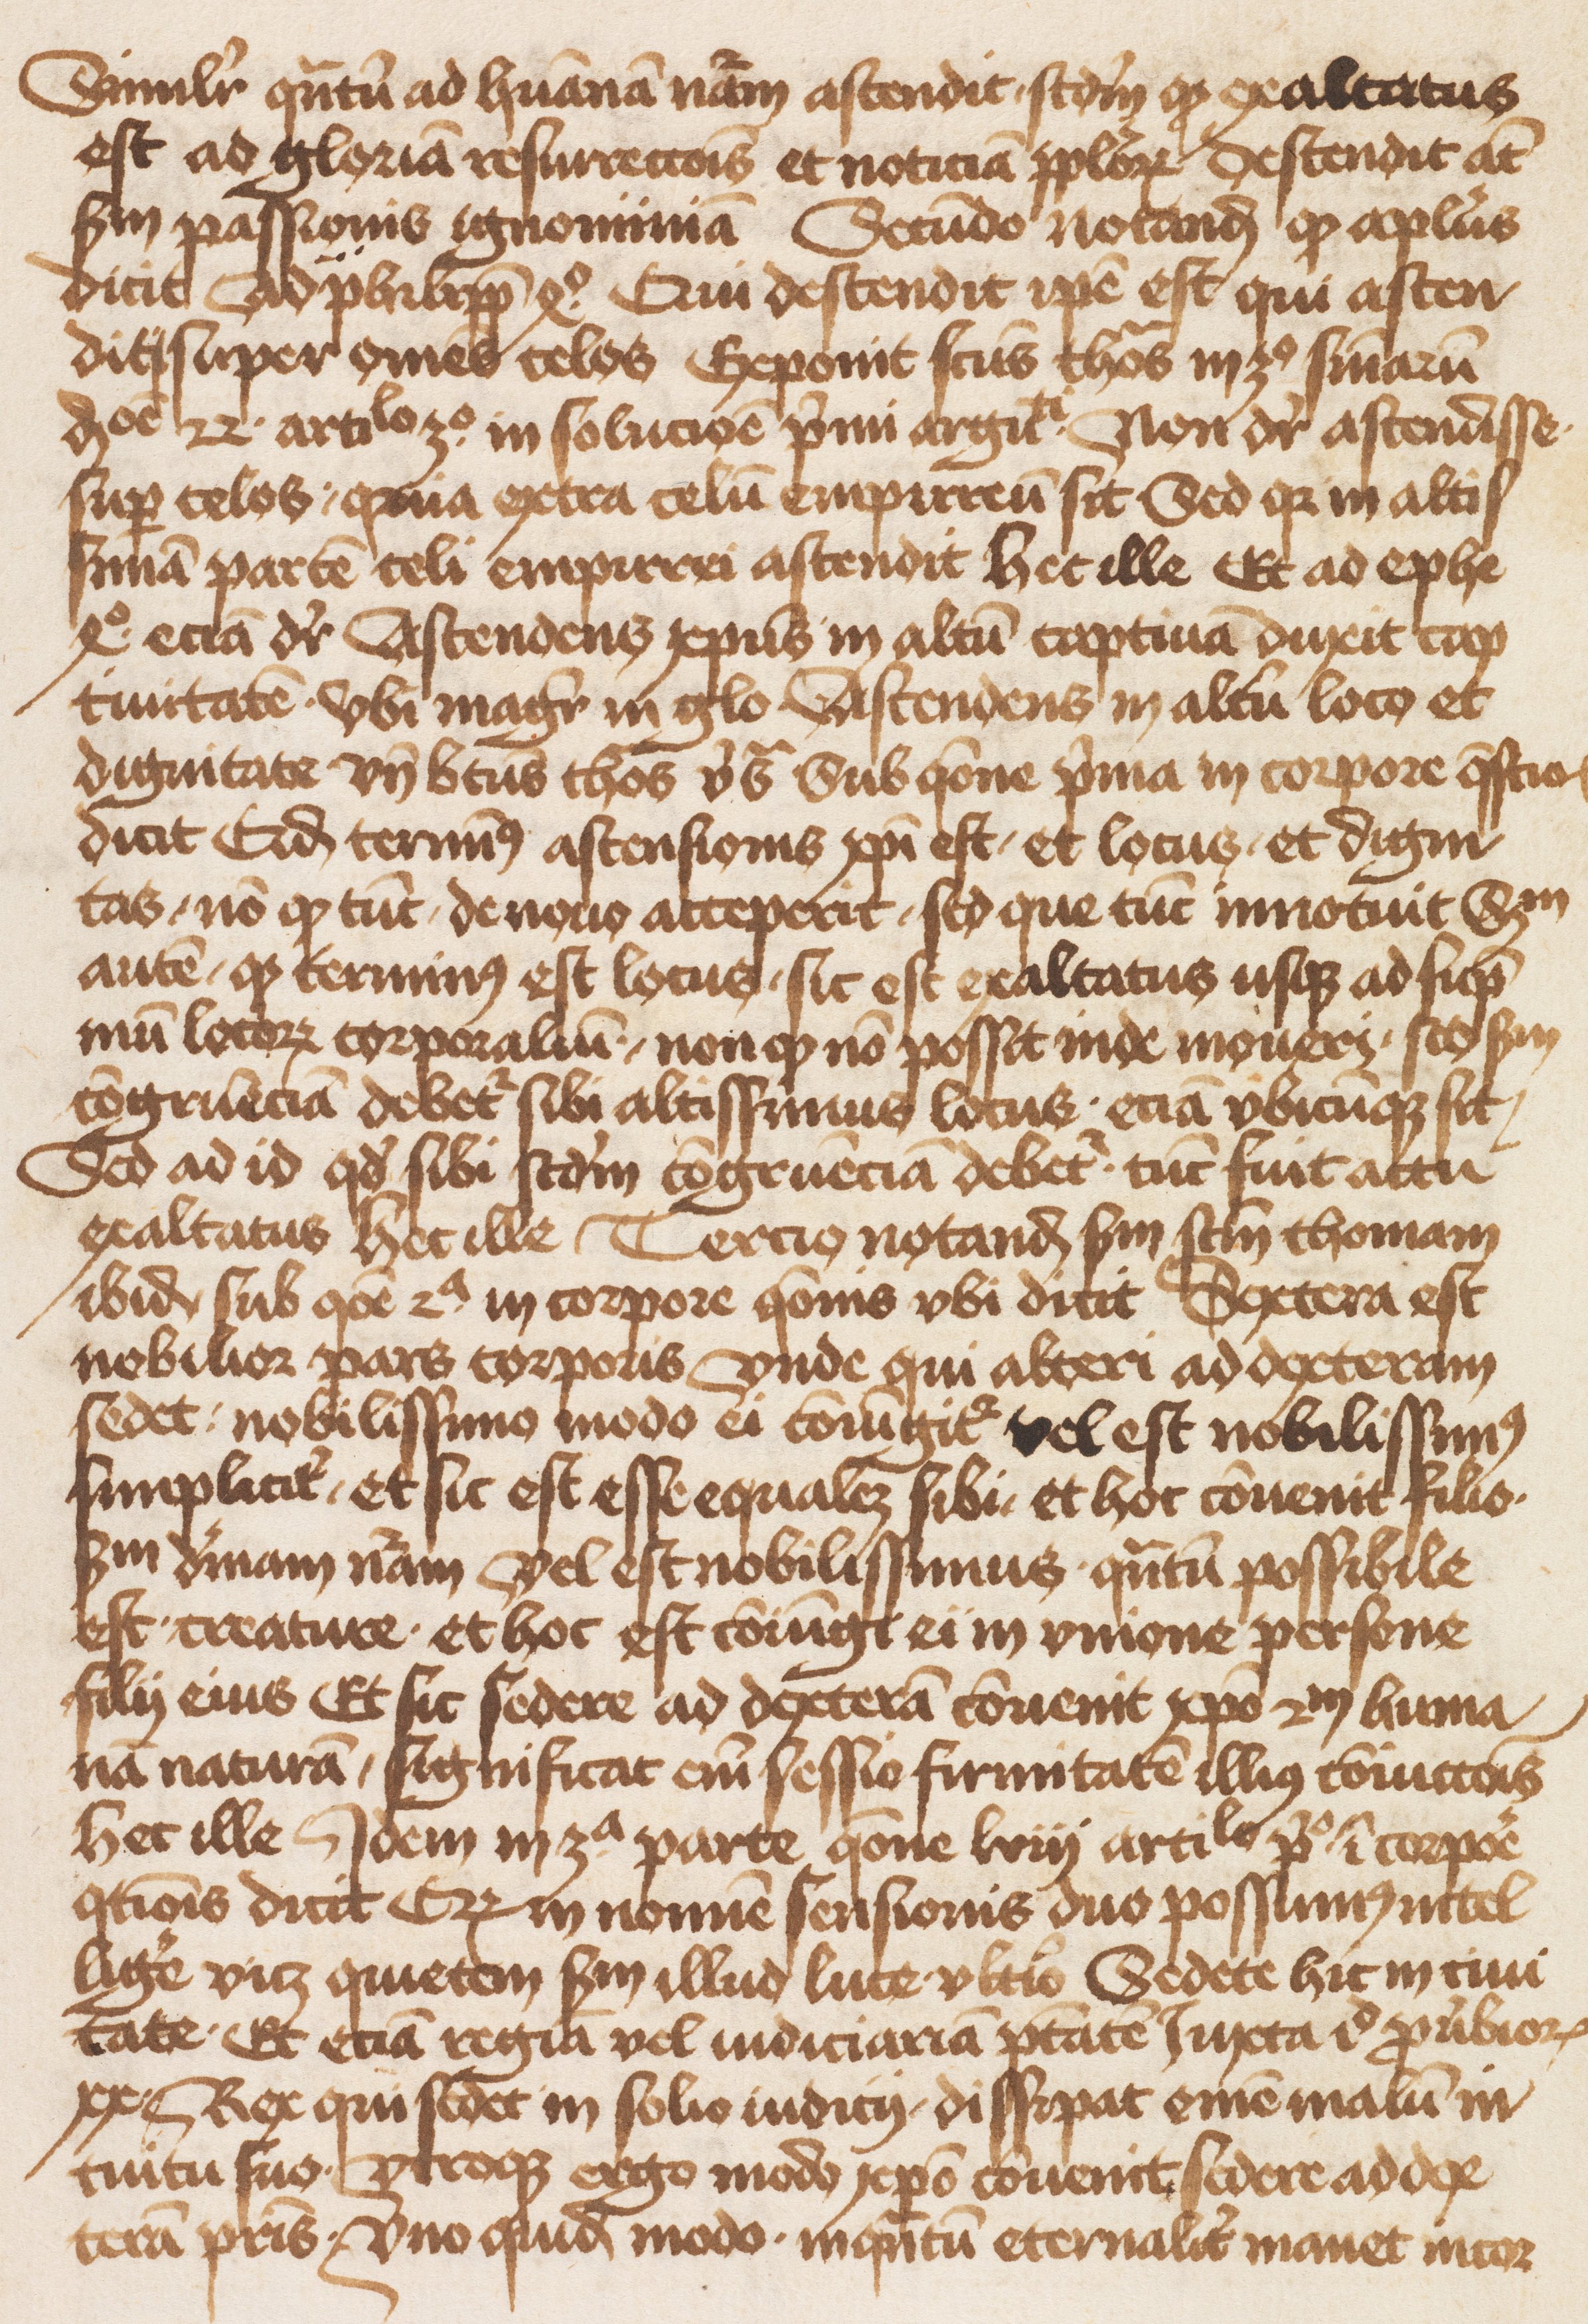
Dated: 1471–1501